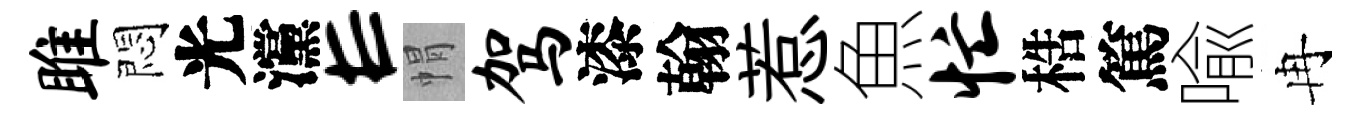
雎悶光灙E㡌驾漆翰惹魚忙梏篤喩冉